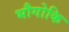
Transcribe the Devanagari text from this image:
भौगोकि